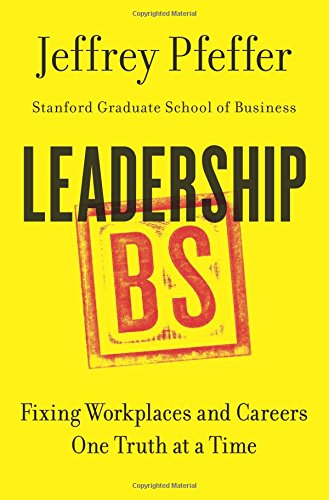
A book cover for Leadership BS: Fixing Workplaces and Careers One Truth at a Time; Jeffrey Pfeffer; Business & Money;